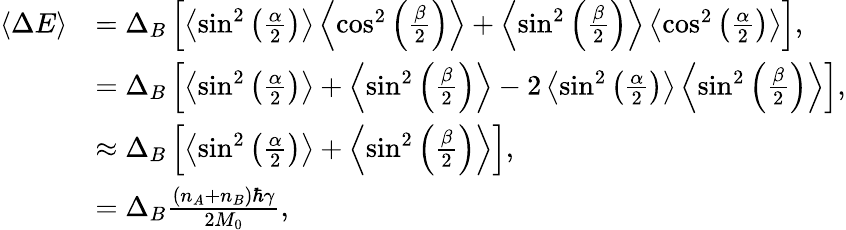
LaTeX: \begin{array}{rl}{\left\langle{\Delta E}\right\rangle}&{=\Delta_{B}\left[\left\langle{\sin^{2}\left(\frac{\alpha}{2}\right)}\right\rangle\left\langle{\cos^{2}\left(\frac{\beta}{2}\right)}\right\rangle+\left\langle{\sin^{2}\left(\frac{\beta}{2}\right)}\right\rangle\left\langle{\cos^{2}\left(\frac{\alpha}{2}\right)}\right\rangle\right],}\\ &{=\Delta_{B}\left[\left\langle{\sin^{2}\left(\frac{\alpha}{2}\right)}\right\rangle+\left\langle{\sin^{2}\left(\frac{\beta}{2}\right)}\right\rangle-2\left\langle{\sin^{2}\left(\frac{\alpha}{2}\right)}\right\rangle\left\langle{\sin^{2}\left(\frac{\beta}{2}\right)}\right\rangle\right],}\\ &{\approx\Delta_{B}\left[\left\langle{\sin^{2}\left(\frac{\alpha}{2}\right)}\right\rangle+\left\langle{\sin^{2}\left(\frac{\beta}{2}\right)}\right\rangle\right],}\\ &{=\Delta_{B}\frac{\left(n_{A}+n_{B}\right)\hbar\gamma}{2M_{0}},}\end{array}